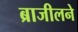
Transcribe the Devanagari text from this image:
ब्राजीलने